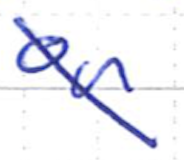
Text: on
Cross-out: diagonal
Writing tool: ballpoint